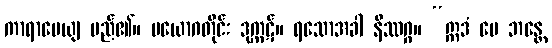
ကာရာပေယျ မည်၏။ ပယောဂတိုင်း ဒုက္ကဋ်။ ရသောအခါ နိဿဂ္ဂ။ “ဣဒံ မေ ဘန္တေ